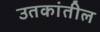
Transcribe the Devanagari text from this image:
उतकांतील